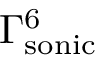
\Gamma _ { \mathrm { { s o n i c } } } ^ { 6 }